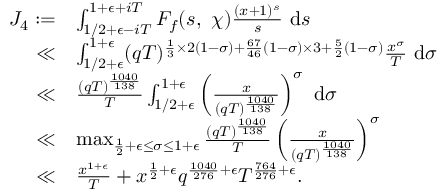
\begin{array} { r l } { J _ { 4 } : = } & { \int _ { 1 / 2 + \epsilon - i T } ^ { 1 + \epsilon + i T } F _ { f } ( s , \ \chi ) \frac { ( x + 1 ) ^ { s } } { s } \ \mathrm { d } s } \\ { \ll } & { \int _ { 1 / 2 + \epsilon } ^ { 1 + \epsilon } ( q T ) ^ { \frac { 1 } { 3 } \times 2 ( 1 - \sigma ) + \frac { 6 7 } { 4 6 } ( 1 - \sigma ) \times 3 + \frac { 5 } { 2 } ( 1 - \sigma ) } \frac { x ^ { \sigma } } { T } \ \mathrm { d } \sigma } \\ { \ll } & { \frac { ( q T ) ^ { \frac { 1 0 4 0 } { 1 3 8 } } } { T } \int _ { 1 / 2 + \epsilon } ^ { 1 + \epsilon } \left( \frac { x } { ( q T ) ^ { \frac { 1 0 4 0 } { 1 3 8 } } } \right) ^ { \sigma } \ \mathrm { d } \sigma } \\ { \ll } & { \operatorname* { m a x } _ { \frac { 1 } { 2 } + \epsilon \leq \sigma \leq 1 + \epsilon } \frac { ( q T ) ^ { \frac { 1 0 4 0 } { 1 3 8 } } } { T } \left( \frac { x } { ( q T ) ^ { \frac { 1 0 4 0 } { 1 3 8 } } } \right) ^ { \sigma } } \\ { \ll } & { \frac { x ^ { 1 + \epsilon } } { T } + x ^ { \frac { 1 } { 2 } + \epsilon } q ^ { \frac { 1 0 4 0 } { 2 7 6 } + \epsilon } T ^ { \frac { 7 6 4 } { 2 7 6 } + \epsilon } . } \end{array}